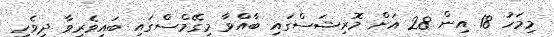
މިމަހު 18 އިން 28 އަށް މޮރިޝަސްގައި ބާއްވާ މިގޭމްސްގައި ބައިވެރިވާ ދިވެހި